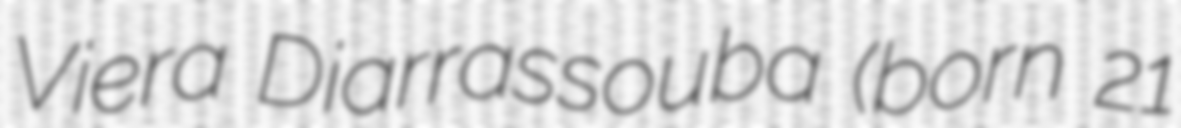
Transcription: Viera Diarrassouba (born 21